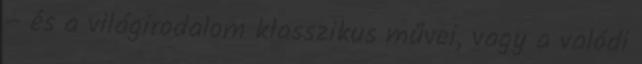
– és a világirodalom klasszikus művei, vagy a valódi